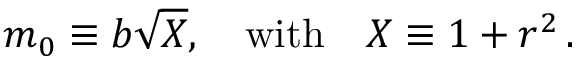
m _ { 0 } \equiv b \sqrt { X } , \quad \mathrm { w i t h } \quad X \equiv 1 + r ^ { 2 } \, .